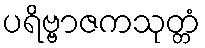
ပရိဗ္ဗာဇကသုတ္တံ